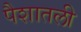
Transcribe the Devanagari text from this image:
पैशातली